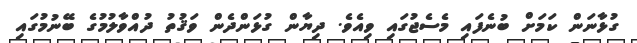
ގުޅާނަން ކަމަށް ބުނެފައި މެސެޖުގައި ވިއެވެ. ދިޔާން ގުޅަންދެން ވަޤުތު ދުއްވާލުމުގެ ބޭނުމުގައި